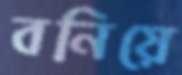
বনিয়ে